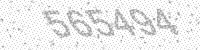
Solution: 565494